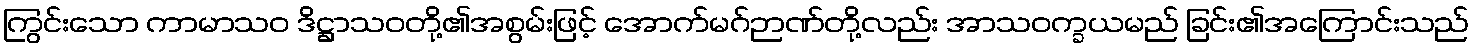
ကြွင်းသော ကာမာသဝ ဒိဋ္ဌာသဝတို့၏အစွမ်းဖြင့် အောက်မဂ်ဉာဏ်တို့လည်း အာသဝက္ခယမည် ခြင်း၏အကြောင်းသည်